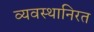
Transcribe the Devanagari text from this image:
व्यवस्थानिरत